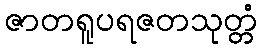
ဇာတရူပရဇတသုတ္တံ